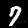
Label: 7